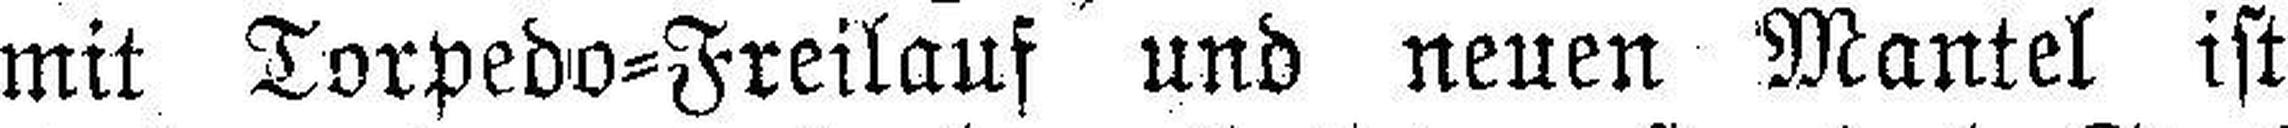
mit Torpedo=Freilauf und neuen Mantel ist